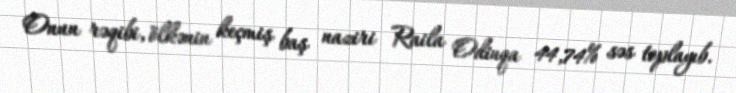
Onun rəqibi, ölkənin keçmiş baş naziri Raila Odinqa 44,74% səs toplayıb.